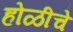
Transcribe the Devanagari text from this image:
होळीचे